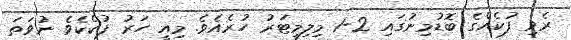
ރެވި ފުކެއްގެ ބޮޑުމިނުގައި 2-1 މިލިމީޓަރު ހުރެއެވެ. މިއީ ހަރު ފުކެކެވެ ނުވަތަ